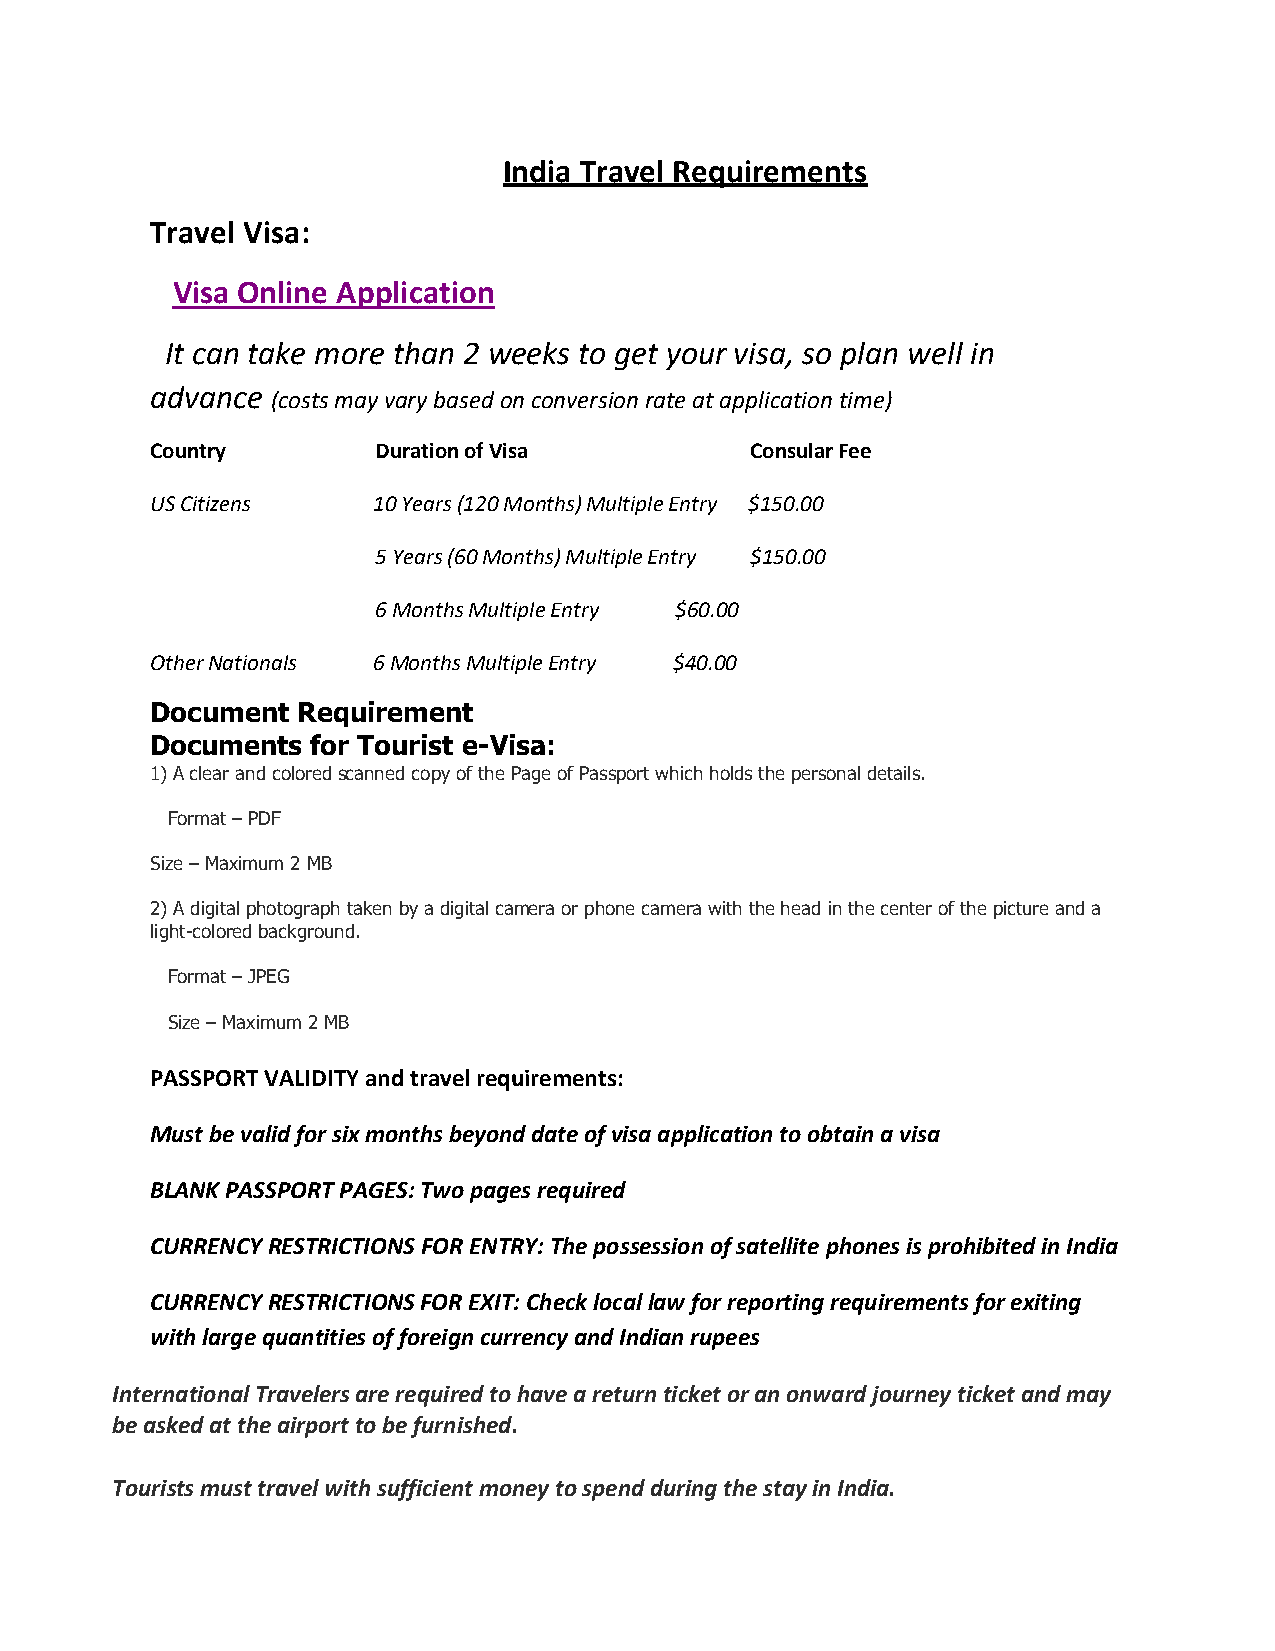
India Travel Requirements
 Travel Visa:
 Visa Online Application
 It can take more than 2 weeks to get your visa, so plan well in
 advance (costs may vary based on conversion rate at application time)
 Country        Duration of Visa         Consular Fee
 US Citizens    10 Years (120 Months) Multiple Entry $150.00
 5 Years (60 Months) Multiple Entry $150.00
 6 Months Multiple Entry $60.00
 Other Nationals 6 Months Multiple Entry $40.00
 Document  Requirement
 Documents  for Tourist e-Visa:
 1) A clear and colored scanned copy of the Page of Passport which holds the personal details.
 Format – PDF
 Size – Maximum 2 MB
 2) A digital photograph taken by a digital camera or phone camera with the head in the center of the picture and a
 light-colored background.
 Format – JPEG
 Size – Maximum 2 MB
 PASSPORT VALIDITY and travel requirements:
 Must be valid for six months beyond date of visa application to obtain a visa
 BLANK PASSPORT PAGES: Two pages required
 CURRENCY RESTRICTIONS FOR ENTRY: The possession of satellite phones is prohibited in India
 CURRENCY RESTRICTIONS FOR EXIT: Check local law for reporting requirements for exiting
 with large quantities of foreign currency and Indian rupees
 International Travelers are required to have a return ticket or an onward journey ticket and may
 be asked at the airport to be furnished.
 Tourists must travel with sufficient money to spend during the stay in India.